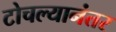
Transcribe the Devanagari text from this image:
टोचल्यानंतर